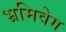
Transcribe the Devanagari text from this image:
भ्रमिवेग